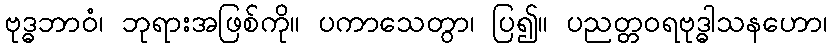
ဗုဒ္ဓဘာဝံ၊ ဘုရားအဖြစ်ကို။ ပကာသေတွာ၊ ပြ၍။ ပညတ္တဝရဗုဒ္ဓါသနဟော၊